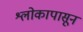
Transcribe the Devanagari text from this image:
श्लोकापासून